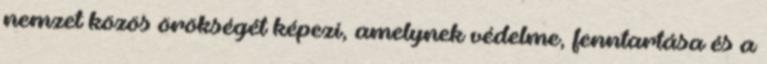
nemzet közös örökségét képezi, amelynek védelme, fenntartása és a